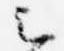
云